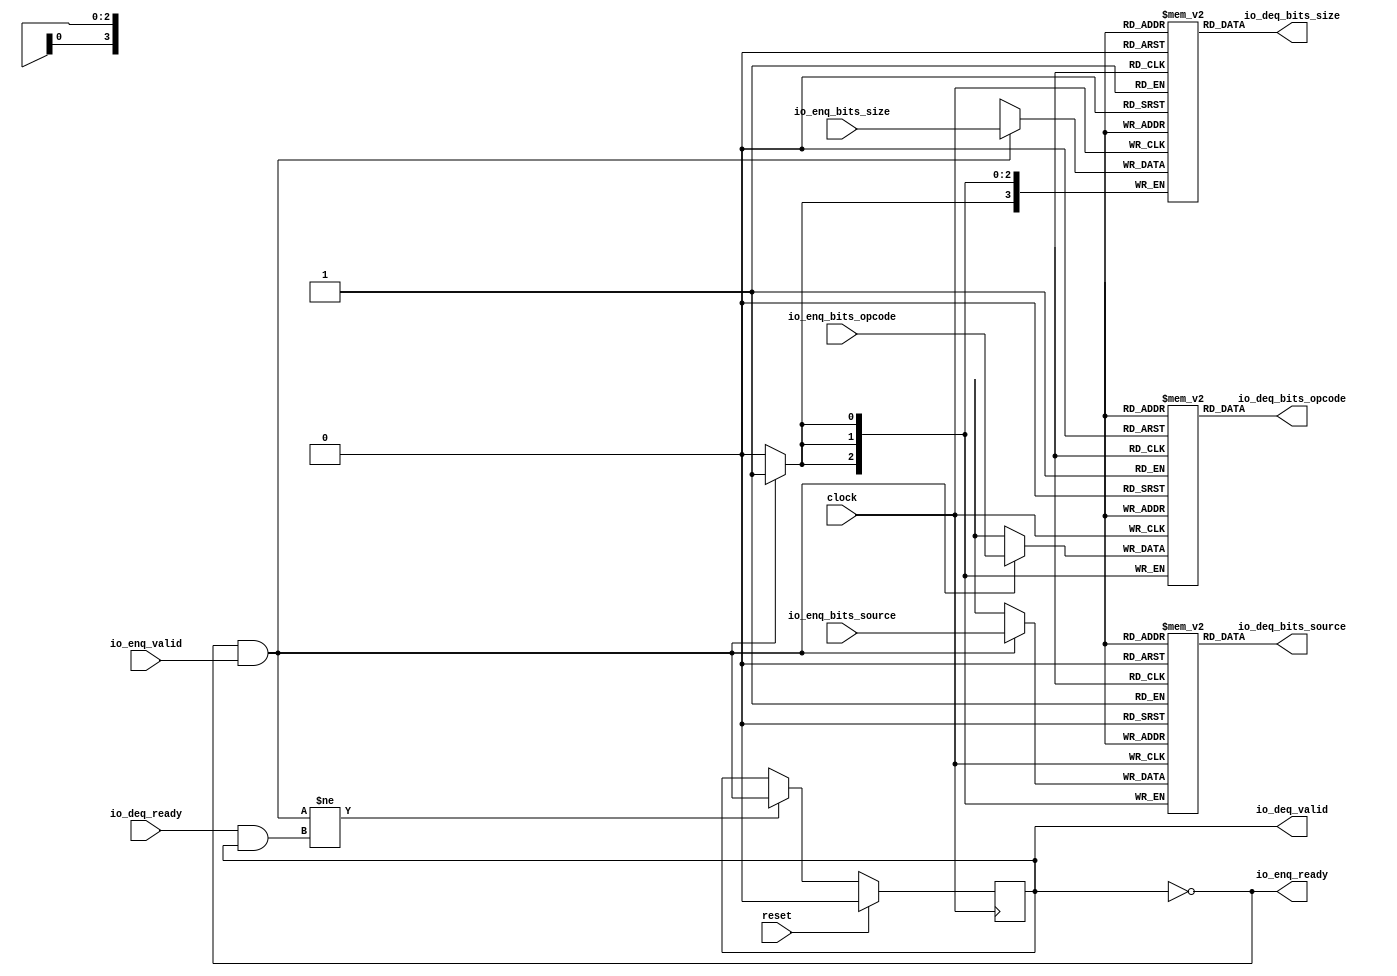
// Copyright (c) 2017, Microsemi Corporation
// All rights reserved.
//
// Redistribution and use in source and binary forms, with or without
// modification, are permitted provided that the following conditions are met:
//     * Redistributions of source code must retain the above copyright
//       notice, this list of conditions and the following disclaimer.
//     * Redistributions in binary form must reproduce the above copyright
//       notice, this list of conditions and the following disclaimer in the
//       documentation and/or other materials provided with the distribution.
//     * Neither the name of the <organization> nor the
//       names of its contributors may be used to endorse or promote products
//       derived from this software without specific prior written permission.
//
// THIS SOFTWARE IS PROVIDED BY THE COPYRIGHT HOLDERS AND CONTRIBUTORS "AS IS" AND
// ANY EXPRESS OR IMPLIED WARRANTIES, INCLUDING, BUT NOT LIMITED TO, THE IMPLIED
// WARRANTIES OF MERCHANTABILITY AND FITNESS FOR A PARTICULAR PURPOSE ARE
// DISCLAIMED. IN NO EVENT SHALL MICROSEMI CORPORATIONM BE LIABLE FOR ANY
// DIRECT, INDIRECT, INCIDENTAL, SPECIAL, EXEMPLARY, OR CONSEQUENTIAL DAMAGES
// (INCLUDING, BUT NOT LIMITED TO, PROCUREMENT OF SUBSTITUTE GOODS OR SERVICES;
// LOSS OF USE, DATA, OR PROFITS; OR BUSINESS INTERRUPTION) HOWEVER CAUSED AND
// ON ANY THEORY OF LIABILITY, WHETHER IN CONTRACT, STRICT LIABILITY, OR TORT
// (INCLUDING NEGLIGENCE OR OTHERWISE) ARISING IN ANY WAY OUT OF THE USE OF THIS
// SOFTWARE, EVEN IF ADVISED OF THE POSSIBILITY OF SUCH DAMAGE.
//
// APACHE LICENSE
// Copyright (c) 2017, Microsemi Corporation 
//
// Licensed under the Apache License, Version 2.0 (the "License");
// you may not use this file except in compliance with the License.
// You may obtain a copy of the License at
//
//    http://www.apache.org/licenses/LICENSE-2.0
//
// Unless required by applicable law or agreed to in writing, software
// distributed under the License is distributed on an "AS IS" BASIS,
// WITHOUT WARRANTIES OR CONDITIONS OF ANY KIND, either express or implied.
// See the License for the specific language governing permissions and
// limitations under the License.
//
// Description:
//
// SVN Revision Information:
// SVN $Revision: $
// SVN $Date: $
//
// Resolved SARs
// SAR      Date     Who   Description
//
// Notes:
//
// ****************************************************************************/
`ifndef RANDOMIZE_REG_INIT 
	 `define RANDOMIZE_REG_INIT 
 `endif
`ifndef RANDOMIZE_MEM_INIT 
	 `define RANDOMIZE_MEM_INIT 
 `endif
`ifndef RANDOMIZE 
	 `define RANDOMIZE 
`endif

`timescale 1ns/10ps
module MiV_AXI_MiV_AXI_0_MIV_RV32IMA_L1_AXI_QUEUE_55( // @[:freechips.rocketchip.system.MivRV32ImaL1AhbConfig.fir@116791.2]
  input        clock, // @[:freechips.rocketchip.system.MivRV32ImaL1AhbConfig.fir@116792.4]
  input        reset, // @[:freechips.rocketchip.system.MivRV32ImaL1AhbConfig.fir@116793.4]
  output       io_enq_ready, // @[:freechips.rocketchip.system.MivRV32ImaL1AhbConfig.fir@116794.4]
  input        io_enq_valid, // @[:freechips.rocketchip.system.MivRV32ImaL1AhbConfig.fir@116794.4]
  input  [2:0] io_enq_bits_opcode, // @[:freechips.rocketchip.system.MivRV32ImaL1AhbConfig.fir@116794.4]
  input  [3:0] io_enq_bits_size, // @[:freechips.rocketchip.system.MivRV32ImaL1AhbConfig.fir@116794.4]
  input  [2:0] io_enq_bits_source, // @[:freechips.rocketchip.system.MivRV32ImaL1AhbConfig.fir@116794.4]
  input        io_deq_ready, // @[:freechips.rocketchip.system.MivRV32ImaL1AhbConfig.fir@116794.4]
  output       io_deq_valid, // @[:freechips.rocketchip.system.MivRV32ImaL1AhbConfig.fir@116794.4]
  output [2:0] io_deq_bits_opcode, // @[:freechips.rocketchip.system.MivRV32ImaL1AhbConfig.fir@116794.4]
  output [3:0] io_deq_bits_size, // @[:freechips.rocketchip.system.MivRV32ImaL1AhbConfig.fir@116794.4]
  output [2:0] io_deq_bits_source // @[:freechips.rocketchip.system.MivRV32ImaL1AhbConfig.fir@116794.4]
);
  reg [2:0] ram_opcode [0:0] /* synthesis syn_ramstyle = "registers" */; // @[Decoupled.scala 211:24:freechips.rocketchip.system.MivRV32ImaL1AhbConfig.fir@116796.4]
  reg [31:0] _RAND_0;
  wire [2:0] ram_opcode__T_42_data; // @[Decoupled.scala 211:24:freechips.rocketchip.system.MivRV32ImaL1AhbConfig.fir@116796.4]
  wire  ram_opcode__T_42_addr; // @[Decoupled.scala 211:24:freechips.rocketchip.system.MivRV32ImaL1AhbConfig.fir@116796.4]
  wire [2:0] ram_opcode__T_33_data; // @[Decoupled.scala 211:24:freechips.rocketchip.system.MivRV32ImaL1AhbConfig.fir@116796.4]
  wire  ram_opcode__T_33_addr; // @[Decoupled.scala 211:24:freechips.rocketchip.system.MivRV32ImaL1AhbConfig.fir@116796.4]
  wire  ram_opcode__T_33_mask; // @[Decoupled.scala 211:24:freechips.rocketchip.system.MivRV32ImaL1AhbConfig.fir@116796.4]
  wire  ram_opcode__T_33_en; // @[Decoupled.scala 211:24:freechips.rocketchip.system.MivRV32ImaL1AhbConfig.fir@116796.4]
  reg [3:0] ram_size [0:0] /* synthesis syn_ramstyle = "registers" */; // @[Decoupled.scala 211:24:freechips.rocketchip.system.MivRV32ImaL1AhbConfig.fir@116796.4]
  reg [31:0] _RAND_1;
  wire [3:0] ram_size__T_42_data; // @[Decoupled.scala 211:24:freechips.rocketchip.system.MivRV32ImaL1AhbConfig.fir@116796.4]
  wire  ram_size__T_42_addr; // @[Decoupled.scala 211:24:freechips.rocketchip.system.MivRV32ImaL1AhbConfig.fir@116796.4]
  wire [3:0] ram_size__T_33_data; // @[Decoupled.scala 211:24:freechips.rocketchip.system.MivRV32ImaL1AhbConfig.fir@116796.4]
  wire  ram_size__T_33_addr; // @[Decoupled.scala 211:24:freechips.rocketchip.system.MivRV32ImaL1AhbConfig.fir@116796.4]
  wire  ram_size__T_33_mask; // @[Decoupled.scala 211:24:freechips.rocketchip.system.MivRV32ImaL1AhbConfig.fir@116796.4]
  wire  ram_size__T_33_en; // @[Decoupled.scala 211:24:freechips.rocketchip.system.MivRV32ImaL1AhbConfig.fir@116796.4]
  reg [2:0] ram_source [0:0] /* synthesis syn_ramstyle = "registers" */; // @[Decoupled.scala 211:24:freechips.rocketchip.system.MivRV32ImaL1AhbConfig.fir@116796.4]
  reg [31:0] _RAND_2;
  wire [2:0] ram_source__T_42_data; // @[Decoupled.scala 211:24:freechips.rocketchip.system.MivRV32ImaL1AhbConfig.fir@116796.4]
  wire  ram_source__T_42_addr; // @[Decoupled.scala 211:24:freechips.rocketchip.system.MivRV32ImaL1AhbConfig.fir@116796.4]
  wire [2:0] ram_source__T_33_data; // @[Decoupled.scala 211:24:freechips.rocketchip.system.MivRV32ImaL1AhbConfig.fir@116796.4]
  wire  ram_source__T_33_addr; // @[Decoupled.scala 211:24:freechips.rocketchip.system.MivRV32ImaL1AhbConfig.fir@116796.4]
  wire  ram_source__T_33_mask; // @[Decoupled.scala 211:24:freechips.rocketchip.system.MivRV32ImaL1AhbConfig.fir@116796.4]
  wire  ram_source__T_33_en; // @[Decoupled.scala 211:24:freechips.rocketchip.system.MivRV32ImaL1AhbConfig.fir@116796.4]
  reg  maybe_full; // @[Decoupled.scala 214:35:freechips.rocketchip.system.MivRV32ImaL1AhbConfig.fir@116797.4]
  reg [31:0] _RAND_3;
  wire  empty; // @[Decoupled.scala 217:36:freechips.rocketchip.system.MivRV32ImaL1AhbConfig.fir@116799.4]
  wire  do_enq; // @[Decoupled.scala 30:37:freechips.rocketchip.system.MivRV32ImaL1AhbConfig.fir@116802.4]
  wire  do_deq; // @[Decoupled.scala 30:37:freechips.rocketchip.system.MivRV32ImaL1AhbConfig.fir@116805.4]
  wire  _T_36; // @[Decoupled.scala 229:16:freechips.rocketchip.system.MivRV32ImaL1AhbConfig.fir@116820.4]
  wire  _GEN_10; // @[Decoupled.scala 229:27:freechips.rocketchip.system.MivRV32ImaL1AhbConfig.fir@116821.4]
  wire  _T_38; // @[Decoupled.scala 233:19:freechips.rocketchip.system.MivRV32ImaL1AhbConfig.fir@116824.4]
  assign ram_opcode__T_42_addr = 1'h0;
  assign ram_opcode__T_42_data = ram_opcode[ram_opcode__T_42_addr]; // @[Decoupled.scala 211:24:freechips.rocketchip.system.MivRV32ImaL1AhbConfig.fir@116796.4]
  assign ram_opcode__T_33_data = io_enq_bits_opcode;
  assign ram_opcode__T_33_addr = 1'h0;
  assign ram_opcode__T_33_mask = do_enq;
  assign ram_opcode__T_33_en = do_enq;
  assign ram_size__T_42_addr = 1'h0;
  assign ram_size__T_42_data = ram_size[ram_size__T_42_addr]; // @[Decoupled.scala 211:24:freechips.rocketchip.system.MivRV32ImaL1AhbConfig.fir@116796.4]
  assign ram_size__T_33_data = io_enq_bits_size;
  assign ram_size__T_33_addr = 1'h0;
  assign ram_size__T_33_mask = do_enq;
  assign ram_size__T_33_en = do_enq;
  assign ram_source__T_42_addr = 1'h0;
  assign ram_source__T_42_data = ram_source[ram_source__T_42_addr]; // @[Decoupled.scala 211:24:freechips.rocketchip.system.MivRV32ImaL1AhbConfig.fir@116796.4]
  assign ram_source__T_33_data = io_enq_bits_source;
  assign ram_source__T_33_addr = 1'h0;
  assign ram_source__T_33_mask = do_enq;
  assign ram_source__T_33_en = do_enq;
  assign empty = maybe_full == 1'h0; // @[Decoupled.scala 217:36:freechips.rocketchip.system.MivRV32ImaL1AhbConfig.fir@116799.4]
  assign do_enq = io_enq_ready & io_enq_valid; // @[Decoupled.scala 30:37:freechips.rocketchip.system.MivRV32ImaL1AhbConfig.fir@116802.4]
  assign do_deq = io_deq_ready & io_deq_valid; // @[Decoupled.scala 30:37:freechips.rocketchip.system.MivRV32ImaL1AhbConfig.fir@116805.4]
  assign _T_36 = do_enq != do_deq; // @[Decoupled.scala 229:16:freechips.rocketchip.system.MivRV32ImaL1AhbConfig.fir@116820.4]
  assign _GEN_10 = _T_36 ? do_enq : maybe_full; // @[Decoupled.scala 229:27:freechips.rocketchip.system.MivRV32ImaL1AhbConfig.fir@116821.4]
  assign _T_38 = empty == 1'h0; // @[Decoupled.scala 233:19:freechips.rocketchip.system.MivRV32ImaL1AhbConfig.fir@116824.4]
  assign io_enq_ready = empty;
  assign io_deq_valid = _T_38;
  assign io_deq_bits_opcode = ram_opcode__T_42_data;
  assign io_deq_bits_size = ram_size__T_42_data;
  assign io_deq_bits_source = ram_source__T_42_data;
`ifdef RANDOMIZE
  integer initvar;
  initial begin
    `ifndef verilator
      #0.002 begin end
    `endif
  _RAND_0 = {1{32'b0}};
  `ifdef RANDOMIZE_MEM_INIT
  for (initvar = 0; initvar < 1; initvar = initvar+1)
    ram_opcode[initvar] = _RAND_0[2:0];
  `endif // RANDOMIZE_MEM_INIT
  _RAND_1 = {1{32'b0}};
  `ifdef RANDOMIZE_MEM_INIT
  for (initvar = 0; initvar < 1; initvar = initvar+1)
    ram_size[initvar] = _RAND_1[3:0];
  `endif // RANDOMIZE_MEM_INIT
  _RAND_2 = {1{32'b0}};
  `ifdef RANDOMIZE_MEM_INIT
  for (initvar = 0; initvar < 1; initvar = initvar+1)
    ram_source[initvar] = _RAND_2[2:0];
  `endif // RANDOMIZE_MEM_INIT
  `ifdef RANDOMIZE_REG_INIT
  _RAND_3 = {1{32'b0}};
  maybe_full = _RAND_3[0:0];
  `endif // RANDOMIZE_REG_INIT
  end
`endif // RANDOMIZE
  always @(posedge clock) begin
    if(ram_opcode__T_33_en & ram_opcode__T_33_mask) begin
      ram_opcode[ram_opcode__T_33_addr] <= ram_opcode__T_33_data; // @[Decoupled.scala 211:24:freechips.rocketchip.system.MivRV32ImaL1AhbConfig.fir@116796.4]
    end
    if(ram_size__T_33_en & ram_size__T_33_mask) begin
      ram_size[ram_size__T_33_addr] <= ram_size__T_33_data; // @[Decoupled.scala 211:24:freechips.rocketchip.system.MivRV32ImaL1AhbConfig.fir@116796.4]
    end
    if(ram_source__T_33_en & ram_source__T_33_mask) begin
      ram_source[ram_source__T_33_addr] <= ram_source__T_33_data; // @[Decoupled.scala 211:24:freechips.rocketchip.system.MivRV32ImaL1AhbConfig.fir@116796.4]
    end
    if (reset) begin
      maybe_full <= 1'h0;
    end else begin
      if (_T_36) begin
        maybe_full <= do_enq;
      end
    end
  end
endmodule